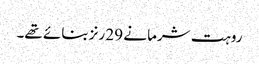
روہت شرما نے 29 رنز بنائے تھے۔